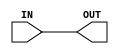
module bidirectional_buffer (
    input wire IN,
    output wire OUT
);

assign OUT = IN;

endmodule